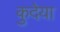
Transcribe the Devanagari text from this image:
कुदेया